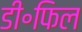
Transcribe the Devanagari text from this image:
डी॰फिल